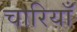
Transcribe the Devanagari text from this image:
चारियाँ